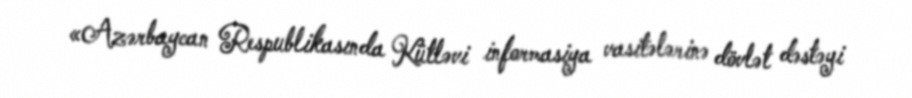
«Azərbaycan Respublikasında Kütləvi informasiya vasitələrinə dövlət dəstəyi